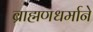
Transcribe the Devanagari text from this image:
ब्राह्मणधर्माने